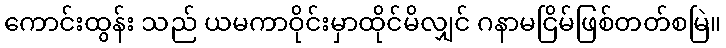
ကောင်းထွန်း သည် ယမကာဝိုင်းမှာထိုင်မိလျှင် ဂနာမငြိမ်ဖြစ်တတ်စမြဲ။